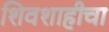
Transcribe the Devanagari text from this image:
शिवशाहीचा